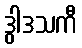
ဒွါဒသကီ